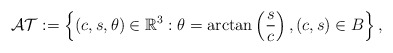
\begin{align*}\mathcal{AT}:=\left\{(c,s,\theta)\in\mathbb{R}^3 : \theta = \arctan \left ( \frac sc \right), (c,s) \in B \right\},\end{align*}